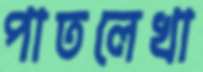
পাতলেখা